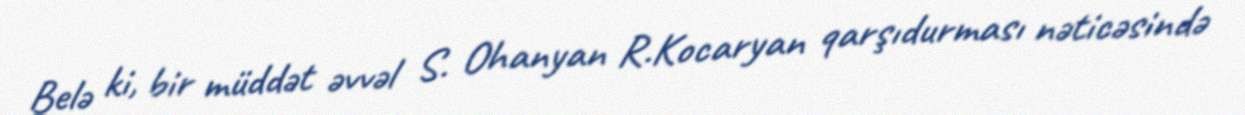
Belə ki, bir müddət əvvəl S. Ohanyan R.Kocaryan qarşıdurması nəticəsində